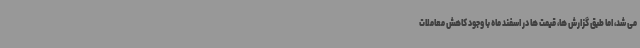
می شد، اما طبق گزارش ها، قیمت ها در اسفند ماه با وجود کاهش معاملات